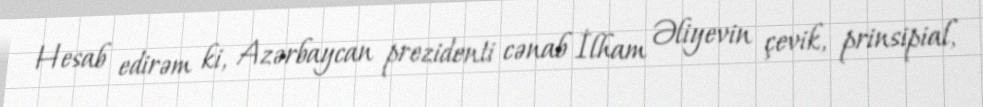
Hesab edirəm ki, Azərbaycan prezidenti cənab İlham Əliyevin çevik, prinsipial,